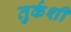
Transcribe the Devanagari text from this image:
तुर्कशी